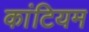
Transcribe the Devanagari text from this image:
कांटियम